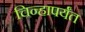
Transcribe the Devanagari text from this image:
चिन्हापर्यंत